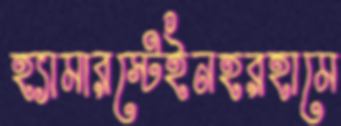
হ্যামারস্টেইনহরহামে